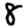
Digit: 8